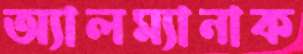
অ্যালম্যানাক